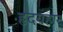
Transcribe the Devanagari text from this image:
हृदयहार